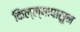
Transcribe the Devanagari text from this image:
किल्ल्यापासुन